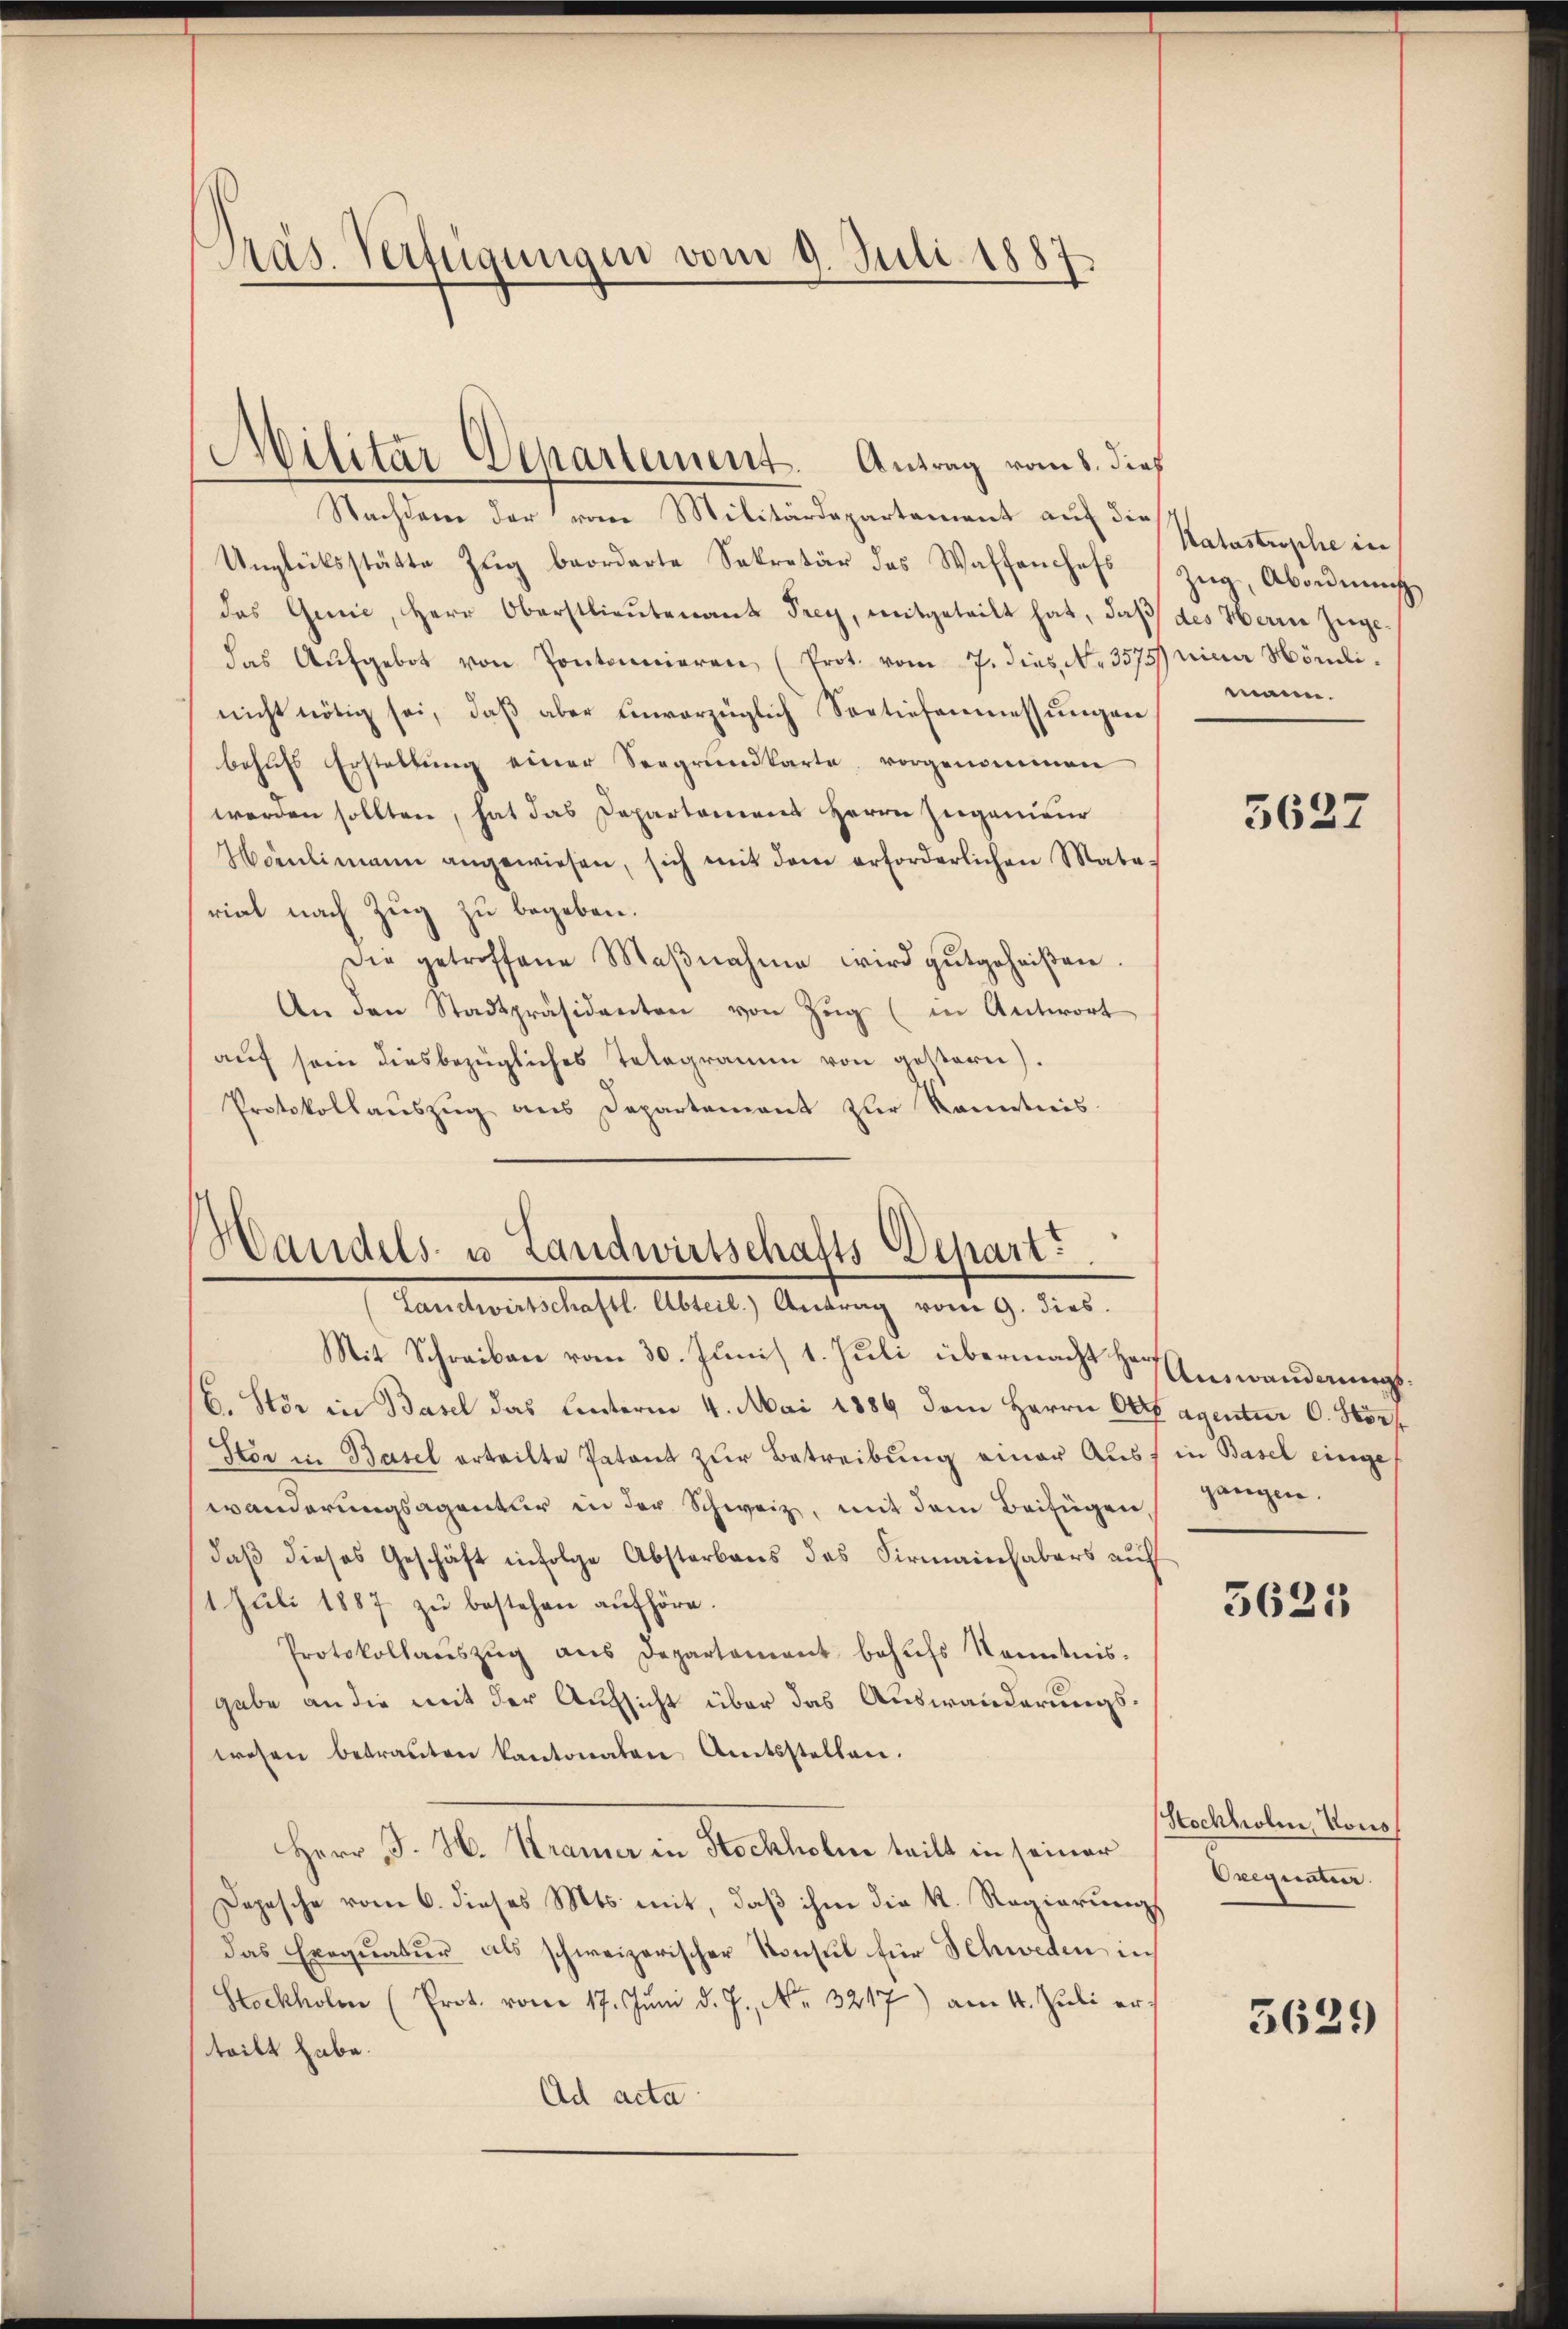
Präs. Verfügungen vom 9. Juli 1887.

Nachdem der vom Militärdepartement auf die
Unglücksstätte Zŭg beordnete Sekretär des Waffenchefs
das Genie, Herr Oberstlieutenant Frey, mitgeteilt hat, daβ des Herrn zugedas Aŭfgebot von Pontonieren (Prot. vom 7. dies N. 3575 eine Hörli-
nicht nötig sei, daβ aber ŭnvorzüglich Sortiefenmessŭngen
behŭfs Erstellŭng einer Seegrŭndkarte vorgenommen
werden sollten, hat das Departamens Herrn Eugenieur
Hörnlimann angewiesen, sich mit dem erforderlichen Mata-
rial nach Zug zu begeben.
Die getroffene Maβnahme wird gutgeheiβen.
An den Stadtpräsidenten von Zŭg (in Antwort
auf sein diesbezügliches Telegramm von gestern).
Protokollauszug aus Departement zur Kenntnis.

Militär-Departement. Antrag vom 8. dies

Handels- u Landwirtschafts-Depart.
Landwirtschaftl. Abteil.) Antrag vom 9. dies

Mit Schreiben vom 30. Junis 1. Juli übermacht der Auswanderungs¬
C. Stör in Basel das Unterm 4. Mai 1889 dem Herrn Ott agentur C. Stor
Stor in Basel erteilte Patent zŭr Betreibung einer Aus in Basel einge
wänderungsagentur in der Schweiz, mit dem Beifügen,
daß dieses Geschäft infolge Abstarbens des Firmainhabers auf
1 Juli 1887 zu bestehen aufhöre.
Protokollaŭszŭg ans Departement behŭfs Kenntnis.
gabe an die mit der Aufsicht über das Auswanderungswesen betraŭten kantonaten Amtsstellen.
Herr J. H. Kramer in Stockholm teilt in seiner
Depesche vom 6. dieses Mts. mit, daß ihm die K. Regierung
das Exequatur als schweizerischer Konsul für Schweden in
Stockholen (Prot. vom 17. Jŭni d. J., Nr. 3217) am 4. Juli er
teilt habe.
Ad acta

Katastrophe in
Zug, Abordnung
mann.

5627

gangen.

5625

Stockholm, Kons
Orequateur.

5629